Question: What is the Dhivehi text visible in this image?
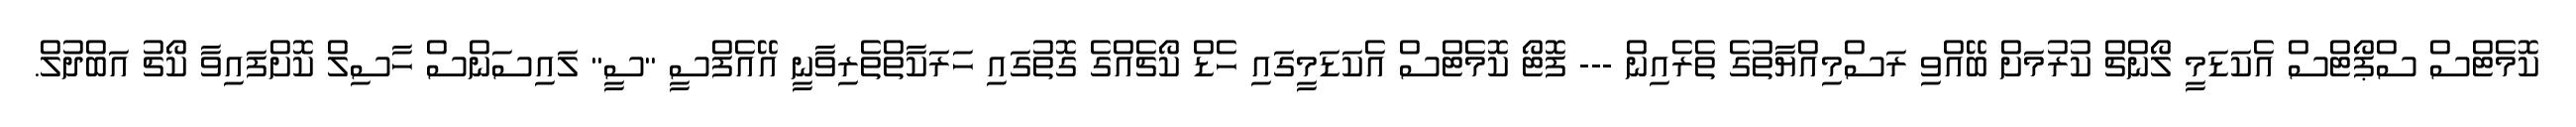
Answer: ކޮމެޓްސް ސްޕޯޓްސް އެކަޑަމީ ލޯންޗް ކުރުމަށް ބޭއްވި ރަސްމިއްޔާތުގެ ތެރެއިން --- ފޮޓޯ ކޮމެޓްސް އެކަޑަމީގައި ހެޑް ކޯޗެއްގެ ގޮތުގައި ހަރަކާތްތެރިވާނީ އޭއެފްސީ "ސީ" ލައިސަންސް ހާސިލް ކޮށްފައިވާ ކޯޗު އަބްދުލް.